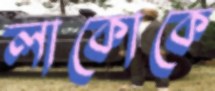
লাকোকে